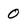
Character: 0